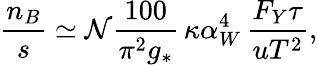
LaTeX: {\frac{n_{B}}{s}}\simeq{\cal N}{\frac{100}{\pi^{2}g_{*}}}\, \kappa\alpha_{W}^{4}\, {\frac{F_{Y}\tau}{uT^{2}}},